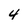
Character: 4